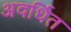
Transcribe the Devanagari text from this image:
अवर्धित